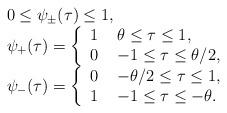
LaTeX: \begin{align*}\begin{array}{ll}&0\le \psi_\pm(\tau)\le 1,\\&\psi_+(\tau)=\left\{\begin{array}{ll} 1 &\ \theta\le \tau\le 1,\\0&\ -1\le\tau\le\theta/2,\end{array}\right.\\&\psi_-(\tau)=\left\{\begin{array}{ll} 0 &\ -\theta/2\le\tau\le 1,\\1&\ -1\le \tau\le-\theta.\end{array}\right.\end{array}\end{align*}